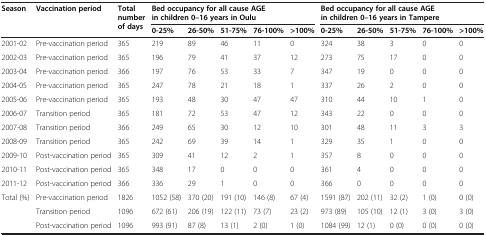
<table><thead><tr><td rowspan="2"><b>Season</b></td><td rowspan="2"><b>Vaccination period</b></td><td rowspan="2"><b>Total number of days</b></td><td colspan="5"><b>Bed occupancy for all cause AGE in children 0–16 years in Oulu</b></td><td colspan="5"><b>Bed occupancy for all cause AGE in children 0–16 years in Tampere</b></td></tr><tr><td><b>0-25%</b></td><td><b>26-50%</b></td><td><b>51-75%</b></td><td><b>76-100%</b></td><td><b>&gt;100%</b></td><td><b>0-25%</b></td><td><b>26-50%</b></td><td><b>51-75%</b></td><td><b>76-100%</b></td><td><b>&gt;100%</b></td></tr></thead><tbody><tr><td>2001-02</td><td>Pre-vaccination period</td><td>365</td><td>219</td><td>89</td><td>46</td><td>11</td><td>0</td><td>324</td><td>38</td><td>3</td><td>0</td><td>0</td></tr><tr><td>2002-03</td><td>Pre-vaccination period</td><td>365</td><td>196</td><td>79</td><td>41</td><td>37</td><td>12</td><td>273</td><td>75</td><td>17</td><td>0</td><td>0</td></tr><tr><td>2003-04</td><td>Pre-vaccination period</td><td>366</td><td>197</td><td>76</td><td>53</td><td>33</td><td>7</td><td>347</td><td>19</td><td>0</td><td>0</td><td>0</td></tr><tr><td>2004-05</td><td>Pre-vaccination period</td><td>365</td><td>247</td><td>78</td><td>21</td><td>18</td><td>1</td><td>337</td><td>26</td><td>2</td><td>0</td><td>0</td></tr><tr><td>2005-06</td><td>Pre-vaccination period</td><td>365</td><td>193</td><td>48</td><td>30</td><td>47</td><td>47</td><td>310</td><td>44</td><td>10</td><td>1</td><td>0</td></tr><tr><td>2006-07</td><td>Transition period</td><td>365</td><td>181</td><td>72</td><td>53</td><td>47</td><td>12</td><td>343</td><td>22</td><td>0</td><td>0</td><td>0</td></tr><tr><td>2007-08</td><td>Transition period</td><td>366</td><td>249</td><td>65</td><td>30</td><td>12</td><td>10</td><td>301</td><td>48</td><td>11</td><td>3</td><td>3</td></tr><tr><td>2008-09</td><td>Transition period</td><td>365</td><td>242</td><td>69</td><td>39</td><td>14</td><td>1</td><td>329</td><td>35</td><td>1</td><td>0</td><td>0</td></tr><tr><td>2009-10</td><td>Post-vaccination period</td><td>365</td><td>309</td><td>41</td><td>12</td><td>2</td><td>1</td><td>357</td><td>8</td><td>0</td><td>0</td><td>0</td></tr><tr><td>2010-11</td><td>Post-vaccination period</td><td>365</td><td>348</td><td>17</td><td>0</td><td>0</td><td>0</td><td>361</td><td>4</td><td>0</td><td>0</td><td>0</td></tr><tr><td>2011-12</td><td>Post-vaccination period</td><td>366</td><td>336</td><td>29</td><td>1</td><td>0</td><td>0</td><td>366</td><td>0</td><td>0</td><td>0</td><td>0</td></tr><tr><td>Total (%)</td><td>Pre-vaccination period</td><td>1826</td><td>1052 (58)</td><td>370 (20)</td><td>191 (10)</td><td>146 (8)</td><td>67 (4)</td><td>1591 (87)</td><td>202 (11)</td><td>32 (2)</td><td>1 (0)</td><td>0 (0)</td></tr><tr><td></td><td>Transition period</td><td>1096</td><td>672 (61)</td><td>206 (19)</td><td>122 (11)</td><td>73 (7)</td><td>23 (2)</td><td>973 (89)</td><td>105 (10)</td><td>12 (1)</td><td>3 (0)</td><td>3 (0)</td></tr><tr><td></td><td>Post-vaccination period</td><td>1096</td><td>993 (91)</td><td>87 (8)</td><td>13 (1)</td><td>2 (0)</td><td>1 (0)</td><td>1084 (99)</td><td>12 (1)</td><td>0 (0)</td><td>0 (0)</td><td>0 (0)</td></tr></tbody></table>